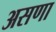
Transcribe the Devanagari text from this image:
असणा